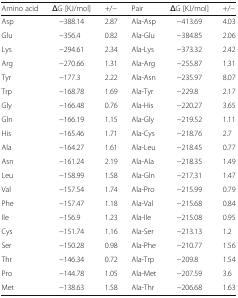
<table><thead><tr><td><b>Amino acid</b></td><td><b>ΔG [KJ/mol]</b></td><td><b>+/−</b></td><td><b>Pair</b></td><td><b>ΔG [KJ/mol]</b></td><td><b>+/−</b></td></tr></thead><tbody><tr><td>Asp</td><td>−388.14</td><td>2.87</td><td>Ala-Asp</td><td>−413.69</td><td>4.03</td></tr><tr><td>Glu</td><td>−356.4</td><td>0.82</td><td>Ala-Glu</td><td>−384.85</td><td>2.06</td></tr><tr><td>Lys</td><td>−294.61</td><td>2.34</td><td>Ala-Lys</td><td>−373.32</td><td>2.42</td></tr><tr><td>Arg</td><td>−270.66</td><td>1.31</td><td>Ala-Arg</td><td>−255.87</td><td>1.31</td></tr><tr><td>Tyr</td><td>−177.3</td><td>2.22</td><td>Ala-Asn</td><td>−235.97</td><td>8.07</td></tr><tr><td>Trp</td><td>−168.78</td><td>1.69</td><td>Ala-Tyr</td><td>−229.8</td><td>2.17</td></tr><tr><td>Gly</td><td>−166.48</td><td>0.76</td><td>Ala-His</td><td>−220.27</td><td>3.65</td></tr><tr><td>Gln</td><td>−166.19</td><td>1.15</td><td>Ala-Gly</td><td>−219.52</td><td>1.11</td></tr><tr><td>His</td><td>−165.46</td><td>1.71</td><td>Ala-Cys</td><td>−218.76</td><td>2.7</td></tr><tr><td>Ala</td><td>−164.27</td><td>1.61</td><td>Ala-Leu</td><td>−218.45</td><td>0.77</td></tr><tr><td>Asn</td><td>−161.24</td><td>2.19</td><td>Ala-Ala</td><td>−218.35</td><td>1.49</td></tr><tr><td>Leu</td><td>−158.99</td><td>1.58</td><td>Ala-Gln</td><td>−217.31</td><td>1.47</td></tr><tr><td>Val</td><td>−157.54</td><td>1.74</td><td>Ala-Pro</td><td>−215.99</td><td>0.79</td></tr><tr><td>Phe</td><td>−157.47</td><td>1.18</td><td>Ala-Val</td><td>−215.68</td><td>0.84</td></tr><tr><td>Ile</td><td>−156.9</td><td>1.23</td><td>Ala-Ile</td><td>−215.08</td><td>0.95</td></tr><tr><td>Cys</td><td>−151.74</td><td>1.16</td><td>Ala-Ser</td><td>−213.13</td><td>1.2</td></tr><tr><td>Ser</td><td>−150.28</td><td>0.98</td><td>Ala-Phe</td><td>−210.77</td><td>1.56</td></tr><tr><td>Thr</td><td>−146.34</td><td>0.72</td><td>Ala-Trp</td><td>−209.8</td><td>1.54</td></tr><tr><td>Pro</td><td>−144.78</td><td>1.05</td><td>Ala-Met</td><td>−207.59</td><td>3.6</td></tr><tr><td>Met</td><td>−138.63</td><td>1.58</td><td>Ala-Thr</td><td>−206.68</td><td>1.63</td></tr></tbody></table>